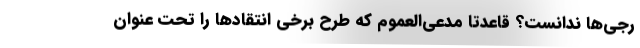
رجی‌ها ندانست؟ قاعدتاً مدعی‌العموم که طرح برخی انتقادها را تحت عنوان